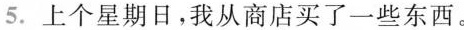
5.上个星期日,我从商店买了一些东西。